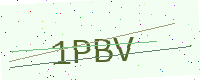
Text: 1PBV